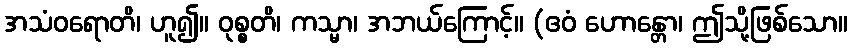
အသံဝရောတိ၊ ဟူ၍။ ဝုစ္စတိ၊ ကသ္မာ၊ အဘယ်ကြောင့်။ (ဧဝံ ဟောန္တော၊ ဤသို့ဖြစ်သော။